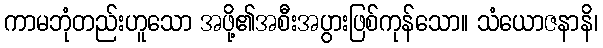
ကာမဘုံတည်းဟူသော အဖို့၏အစီးအပွားဖြစ်ကုန်သော။ သံယောဇနာနိ၊